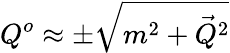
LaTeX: Q^{o}\approx\pm\sqrt{m^{2}+{\vec{Q}}^{2}}